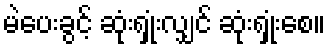
မဲပေးခွင့် ဆုံးရှုံးလျှင် ဆုံးရှုံးစေ။